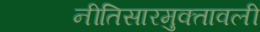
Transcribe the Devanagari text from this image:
नीतिसारमुक्तावली